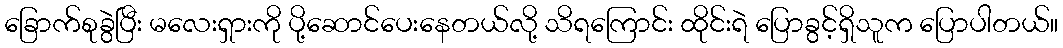
ခြောက်စုခွဲပြီး မလေးရှားကို ပို့ဆောင်ပေးနေတယ်လို့ သိရကြောင်း ထိုင်းရဲ ပြောခွင့်ရှိသူက ပြောပါတယ်။